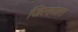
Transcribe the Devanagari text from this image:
जिल्हय़ात